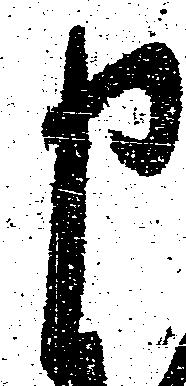
申